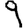
Digit: 9